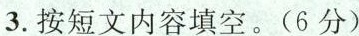
3.按短文内容填空。(6分)